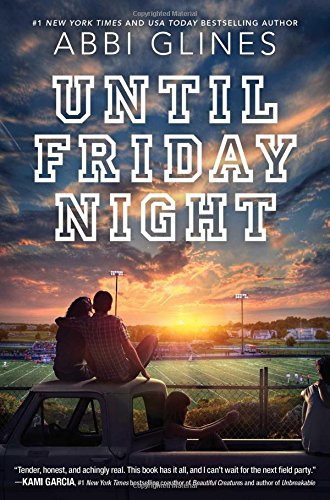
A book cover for Until Friday Night (Field Party); Abbi Glines; Teen & Young Adult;